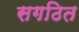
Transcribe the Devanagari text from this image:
सगठित